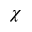
\chi